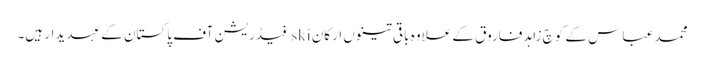
محمد عباس کے کوچ زاہد فاروق کے علاوہ باقی تینوں ارکان ski فیڈریشن آف پاکستان کے عہدیدار ہیں۔